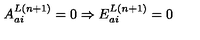
A _ { a i } ^ { L ( n + 1 ) } = 0 \Rightarrow E _ { a i } ^ { L ( n + 1 ) } = 0